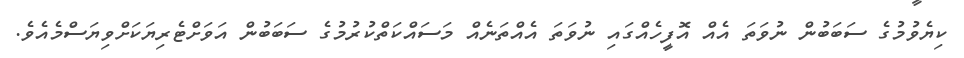
ކިޔެވުމުގެ ސަބަބުން ނުވަތަ އެއް އޮފީހެއްގައި ނުވަތަ އެއްތަނެއް މަސައްކަތްކުރުމުގެ ސަބަބުން އަވަށްޓެރިޔަކަށްވިޔަސްމެއެވެ.